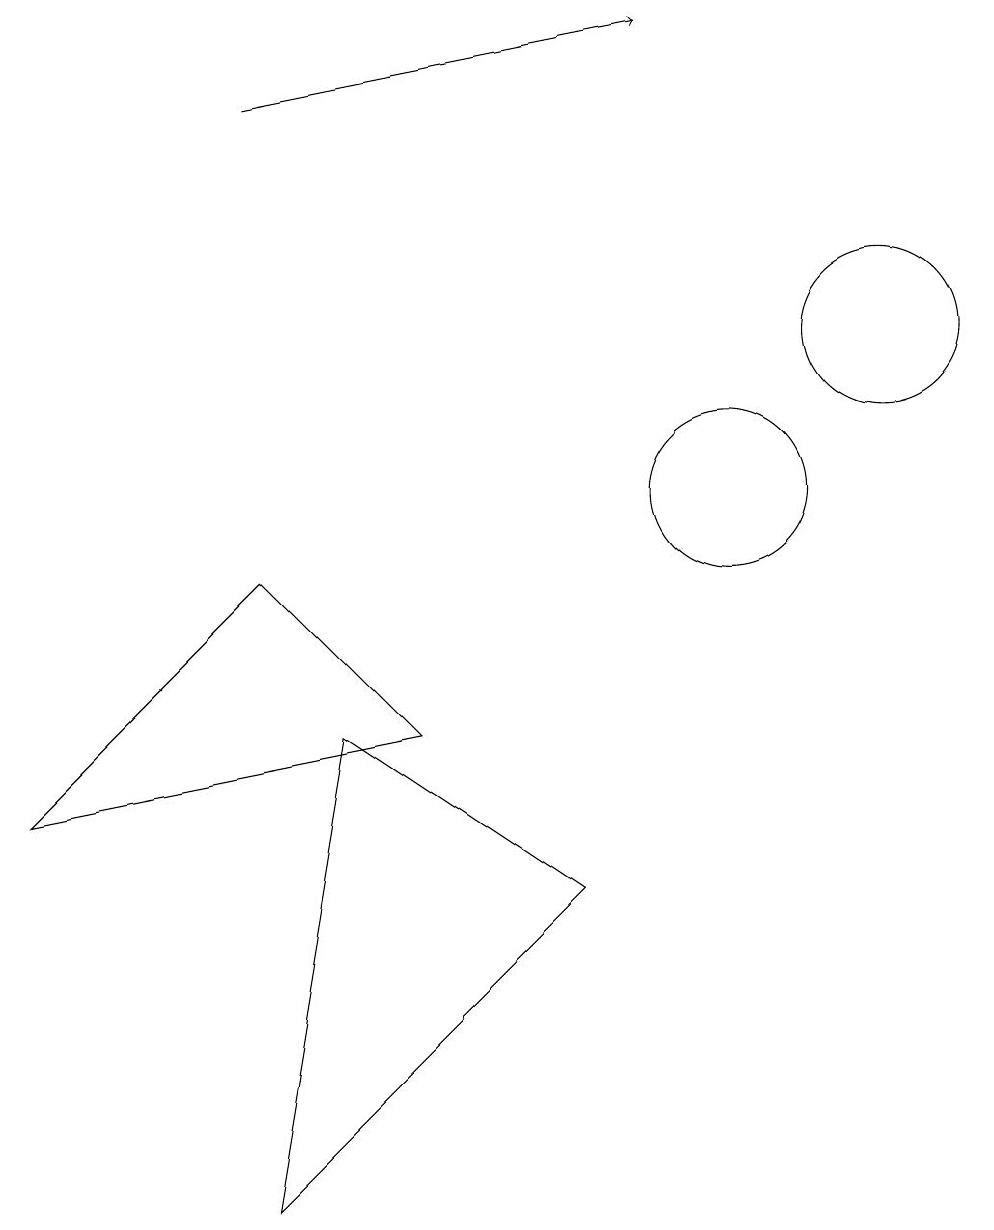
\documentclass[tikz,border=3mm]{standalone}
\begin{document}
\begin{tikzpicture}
\draw (8,5) -- (5,7) -- (4,1) -- cycle;
\draw (10,10) circle (1);
\draw (6,7) -- (4,9) -- (1,6) -- cycle;
\draw (12,12) circle (1);
\draw[->] (4,15) -- (9,16);
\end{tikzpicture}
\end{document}